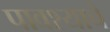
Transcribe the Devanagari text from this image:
पावश्याचे